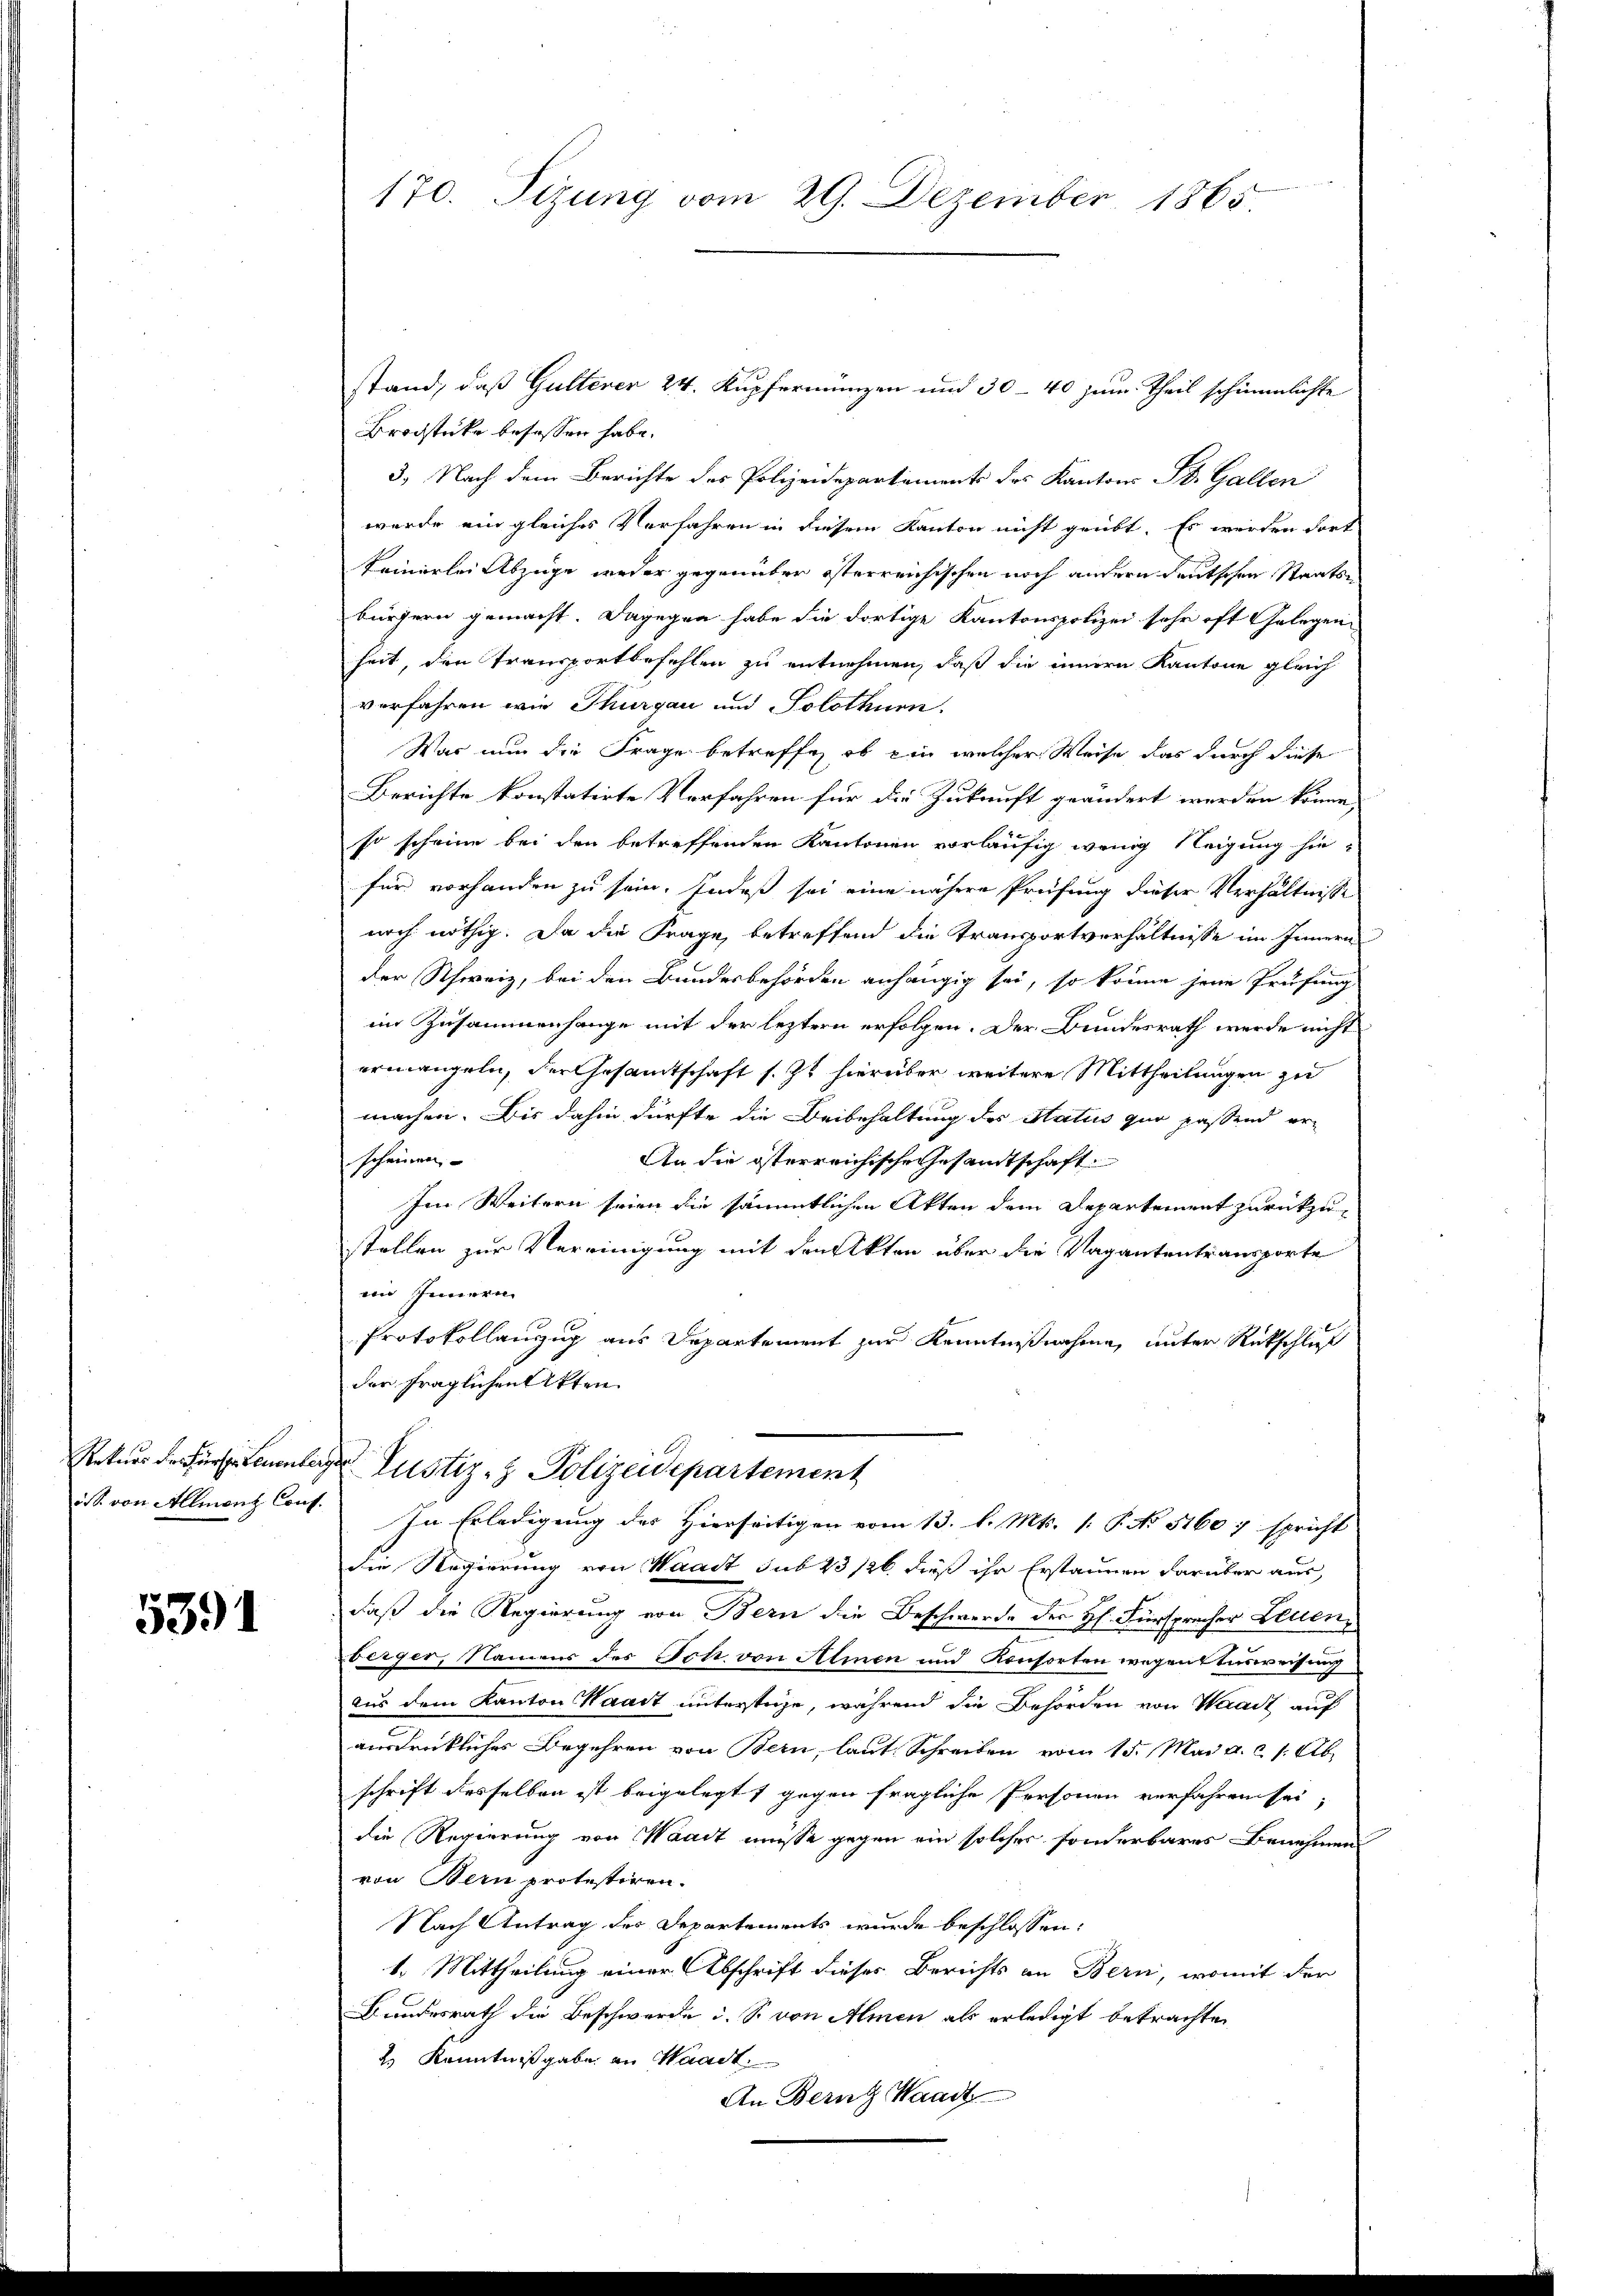
5391

stand, daß Gulterer 24. Kupfermünzen und 30–40 zum Theil schimmlichte
Brodstücke besassen habe.
3.) Nach dem Berichte des Polizeidepartements des Kantons St. Gallen
wurde ein gleiches Verfahren in diesem Kanton nicht geübt. Es werden dort
keinerlei Abzüge weder gegenüber österreichischen noch andern deutschen Staatsbürgern gemacht. Dagegen habe die dortige Kantonspolizei sehr oft Gelegen
heit, den Transportbefehlen zu entnehmen, daß die innern Kantone gleich
verfahren wie Thurgau und Solothurn.
Was nun die Frage betreffen, ob ein welcher Weise das durch diese
Berichte konstatirte Verfahren für die Zukunft geändert werden könne,
so scheine bei den betreffenden Kantonen vorläufig wenig Neigung hiefür vorhanden zu sein. Indeß sei eine nähere Prüfung dieser Verhältnisse
noch nöthig. Da die Frage, betreffend die Transportverhältnisse im Innern
der Schweiz, bei den Bundesbehörden anhängig sei, so könne jene Prüfung
im Zusammenhange mit der leztern erfolgen. Der Bundesrath werde nicht
ermangeln, der Gesamtschaft s. Zt hierüber weitere Mittheilungen zu
machen. Bis dahin dürfte die Beibehaltung des Status quo passend er-
scheinen
An die österreichische Gesandtschaft
Im Weitern seien die sämmtlichen Akten dem Departement zurückzustellen zur Vereinigung mit den Akten über die Vagantentransporte
in Innern
Protokollanzug aus Departement zur Kenntnißnahme, unter Rückschluß
der fraglichen Akten.
Rekurs der Fürstenlage Justiz- & Polizeidepartement
ist von Allment Cout. In Erledigung des Hierseitigen vom 13. l. Mts. [: P. No 51607 spricht
die Regierung von Waadt sub 23/26. dieß ihr Erstaunen darüber aus,
daß die Regierung von Bern die Beschwerde des H. Fürspracher Leuen
berger, Namens des Joh. von Almen und Konsorten wegen Ausweisung
aus dem Kanton Waadt unterstehe, während die Behörden von Waadt auf
ausdrückliches Begehren von Bern, laut Schreiben vom 15. Mai a. c. 1. Ab
schrift desselben ist beigelegt, gegen fragliche Personen verfahren sei,
die Regierung von Waadt müsse gegen ein solches sonderbares Benehmen
von Bern protestiren.
Nach Antrag der Departements wurde beschlossen:
1. Mittheilung einer Abschrift dieses Berichts an Bern, womit der
Bundesrath die Beschwerde u. S. von Amen als erledigt betrachte
2.) Kenntnißgabe an Waadt
An Bern Waadt

170. Sizung vom 29. Dezember 1865.